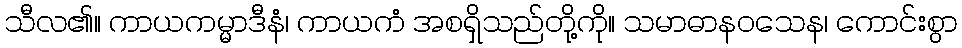
သီလ၏။ ကာယကမ္မာဒီနံ၊ ကာယကံ အစရှိသည်တို့ကို။ သမာဓာနဝသေန၊ ကောင်းစွာ